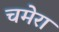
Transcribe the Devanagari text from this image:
चमेरा